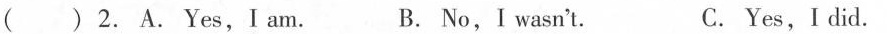
() 2. A.Yes,I am. B. No,I wasn't. C. Yes,I did.